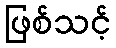
ဖြစ်သင့်